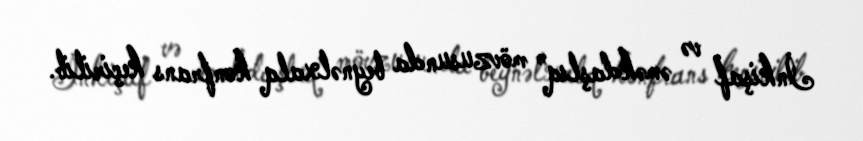
İnkişaf və əməkdaşlıq” mövzusunda beynəlxalq konfrans keçirilib.